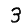
Digit: 3